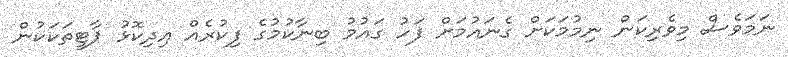
ނަމަވެސް މިވެރިކަން ނިމުމަކަށް ގެނައުމަށް ފަހު ގައުމު ބިނާކުމުގެ ފިކުރެއް އިދިކޮޅު ޕާޓީތަކަކުން